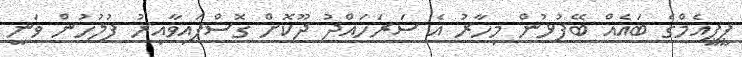
ޕީޕީއެމްގެ ބައެއް ބޭފުޅުން މިހާރު އެ ސަރަހައްދު ދޫކޮށް ގޮސްފައިވާއިރު ފުލުހުން ވަނީ